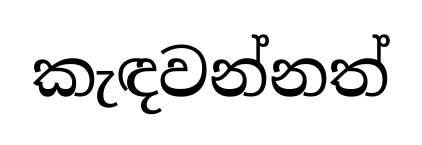
කැඳවන්නත්